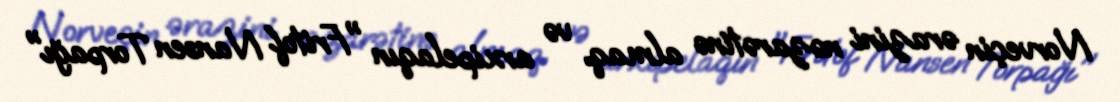
Norveçin ərazini nəzarətinə almaq və arxipelaqın "Fritof Nansen Torpağı"